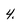
Character: 4